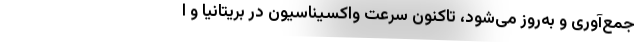
جمع‌آوری و به‌روز می‌شود، تاکنون سرعت واکسیناسیون در بریتانیا و ا